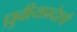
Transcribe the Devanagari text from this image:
ध्रुवीयप्रदेशों